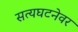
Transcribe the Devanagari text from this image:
सत्यघटनेवर